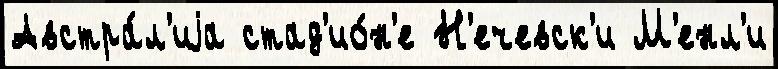
Австра́л'иjа стад'ио́н'е Н'ечевск'и М'енл'и